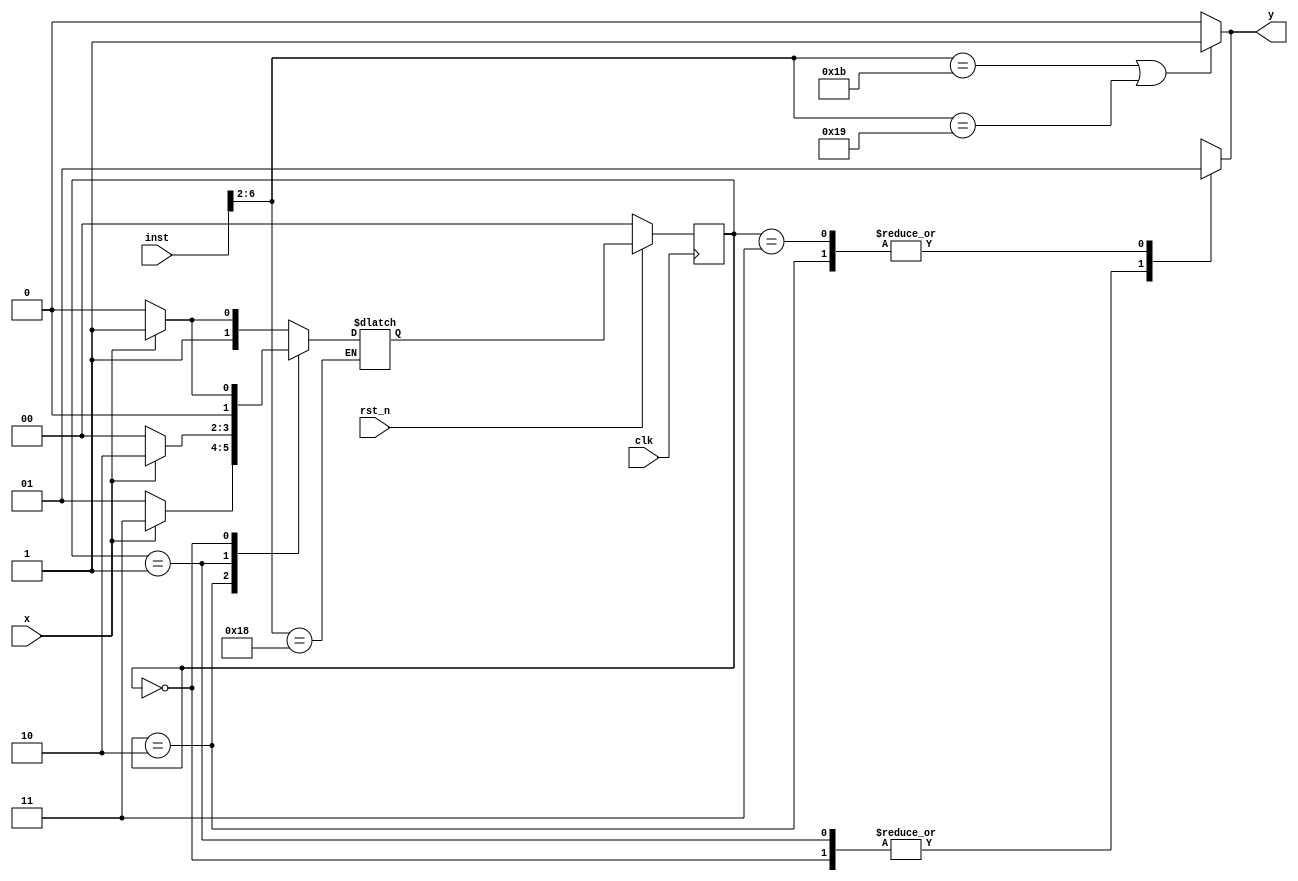
module bht (input clk, rst_n,
            input [31:0] inst,
            input x,
            output reg y);
parameter [1:0] SN=2'b00, WN=2'b01, WT=2'b10, ST=2'b11;
reg [1:0] current, next;

always @(current, x, inst) begin
  if ((inst[6:2]==5'b11011) || (inst[6:2]==5'b11001)) begin
	y <= 1'b1;
	end
	else y <= 1'b0;
	
  if (inst[6:2]==5'b11000) begin
  case (current) 
    ST: if (x)
          next = ST;
        else
          next = WT;
    WT: if (x)
          next = ST;
        else
          next = WN;
    WN: if (x)
          next = WT;
        else
          next = SN;
    SN: if (x)
          next = WN;
        else
          next = SN; 
  endcase

  //y= ((current== ST) || (current==WT));
end
end

always @(current) begin
  case (current)
    2'b00: y=1'b0;
    2'b01: y=1'b0;
    2'b10: y=1'b1;
    2'b11: y=1'b1;
  endcase
end

always @(posedge clk) begin
  if (!rst_n)
    current <= SN;
  else
    current <= next;
end
endmodule